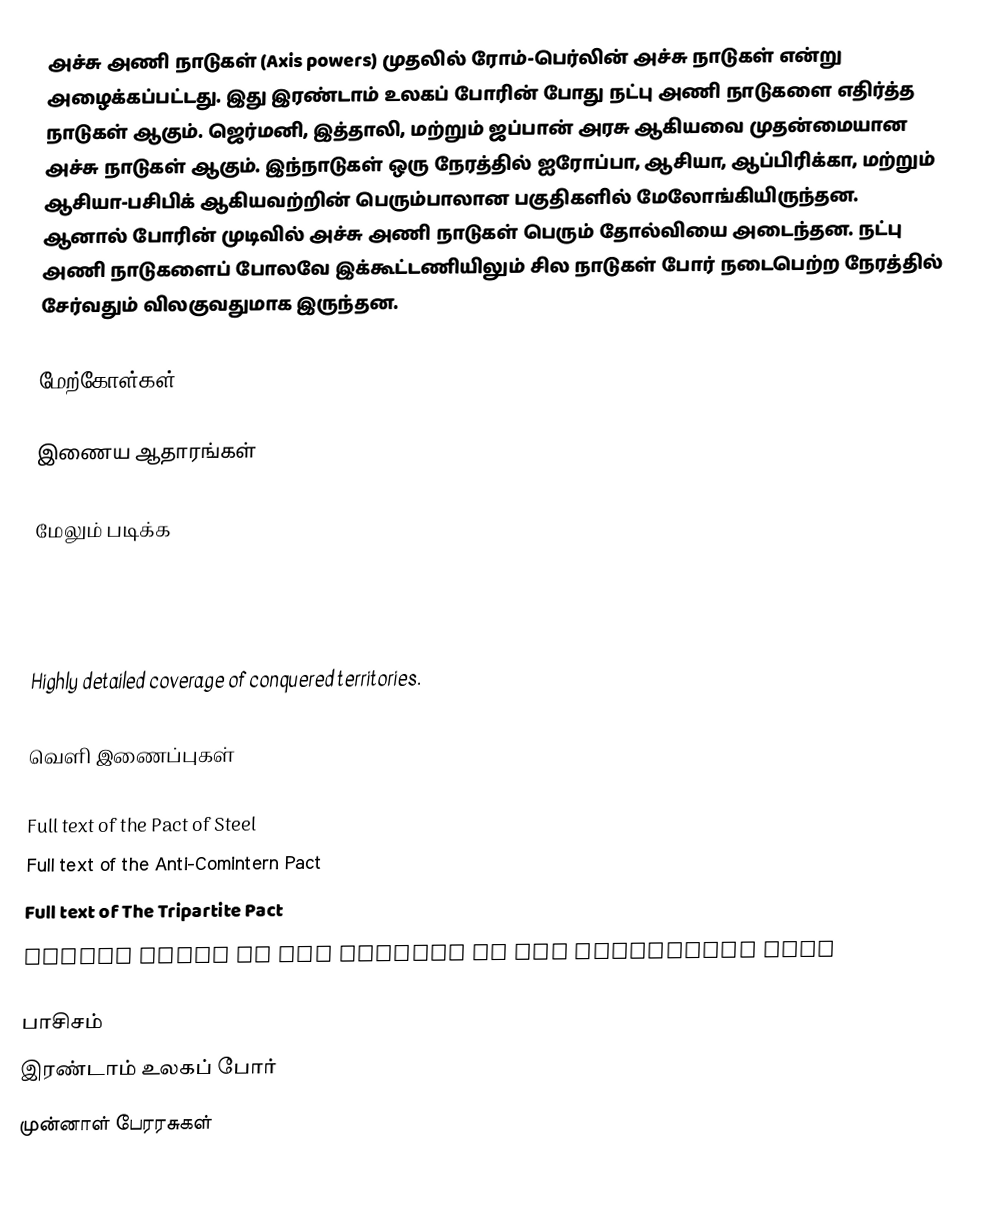
அச்சு அணி நாடுகள் (Axis powers) முதலில் ரோம்-பெர்லின் அச்சு நாடுகள் என்று அழைக்கப்பட்டது.  இது இரண்டாம் உலகப் போரின் போது நட்பு அணி நாடுகளை எதிர்த்த நாடுகள் ஆகும். ஜெர்மனி, இத்தாலி, மற்றும் ஜப்பான் அரசு ஆகியவை முதன்மையான அச்சு நாடுகள் ஆகும். இந்நாடுகள் ஒரு நேரத்தில் ஐரோப்பா, ஆசியா, ஆப்பிரிக்கா, மற்றும் ஆசியா-பசிபிக் ஆகியவற்றின் பெரும்பாலான பகுதிகளில் மேலோங்கியிருந்தன. ஆனால் போரின் முடிவில் அச்சு அணி நாடுகள் பெரும் தோல்வியை அடைந்தன. நட்பு அணி நாடுகளைப் போலவே இக்கூட்டணியிலும் சில நாடுகள் போர் நடைபெற்ற நேரத்தில் சேர்வதும் விலகுவதுமாக இருந்தன.

மேற்கோள்கள்

இணைய ஆதாரங்கள்

மேலும் படிக்க

  Highly detailed coverage of conquered territories.

வெளி இணைப்புகள்

 Full text of the Pact of Steel
 Full text of the Anti-Comintern Pact
 Full text of The Tripartite Pact
 Silent movie of the signing of The Tripartite Pact

பாசிசம்
இரண்டாம் உலகப் போர்
முன்னாள் பேரரசுகள்